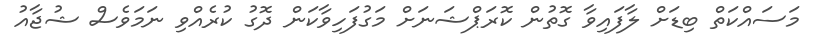
މަސައްކަތް ބިޑަށް ލާފައިވާ ގޮތުން ކޮރަޕްޝަނަށް މަގުފަހިވާކަން ދޮގު ކުރެއްވި ނަމަވެސް ޝުޖާއު